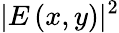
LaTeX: \vert E\left(x,y\right)\vert^{2}